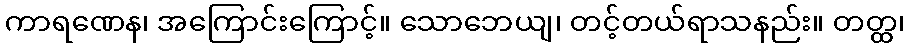
ကာရဏေန၊ အကြောင်းကြောင့်။ သောဘေယျ၊ တင့်တယ်ရာသနည်း။ တတ္ထ၊